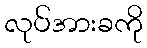
လုပ်အားခကို